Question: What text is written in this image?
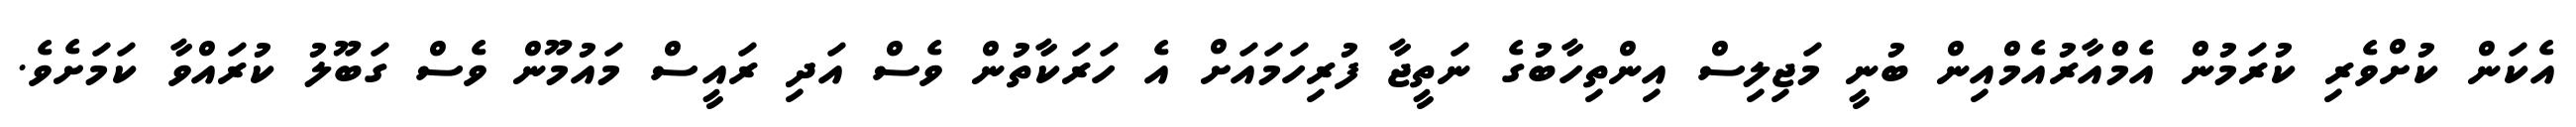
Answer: އެކަން ކުށްވެރި ކުރަމުން އެމްއާރުއެމްއިން ބުނީ މަޖިލިސް އިންތިހާބުގެ ނަތީޖާ ފުރިހަމައަށް އެ ހަރަކާތުން ވެސް އަދި ރައީސް މައުމޫން ވެސް ގަބޫލު ކުރައްވާ ކަމަށެވެ.